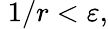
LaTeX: \; 1/r<\varepsilon,